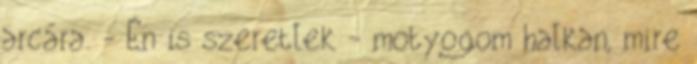
arcára. - Én is szeretlek - motyogom halkan, mire